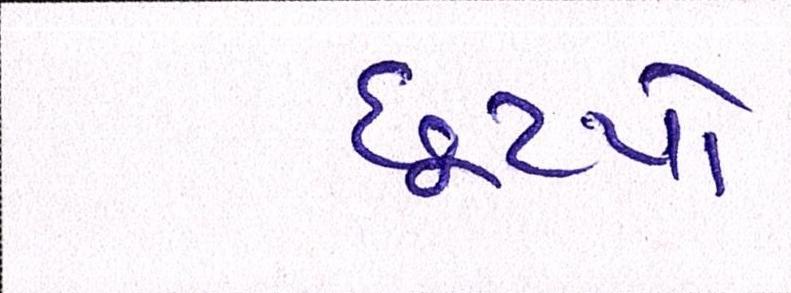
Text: છૂટયો